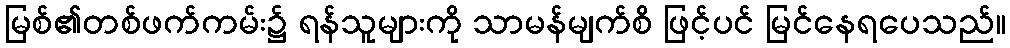
မြစ်၏တစ်ဖက်ကမ်း၌ ရန်သူများကို သာမန်မျက်စိ ဖြင့်ပင် မြင်နေရပေသည်။